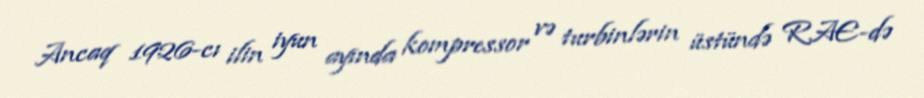
Ancaq 1926-cı ilin iyun ayında kompressor və turbinlərin üstündə RAE-də